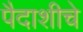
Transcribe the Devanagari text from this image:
पैदाशीचे